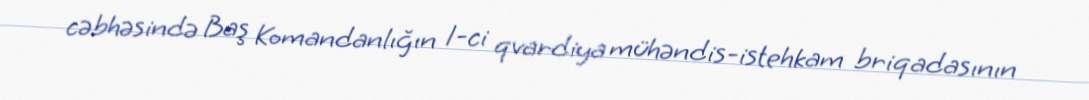
cəbhəsində Baş Komandanlığın 1-ci qvardiya mühəndis-istehkam briqadasının